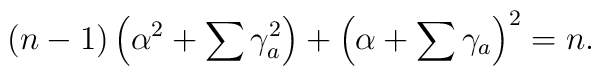
(n-1)\left(\alpha^2+\sum\gamma_a^2\right)+\left(\alpha+\sum\gamma_a\right)^2=n.